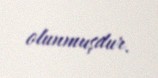
olunmuşdur.